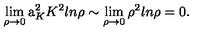
\lim _ { \rho \to 0 } \mathrm { \Large a } _ { K } ^ { 2 } K ^ { 2 } l n \rho \sim \lim _ { \rho \to 0 } \rho ^ { 2 } l n \rho = 0 .